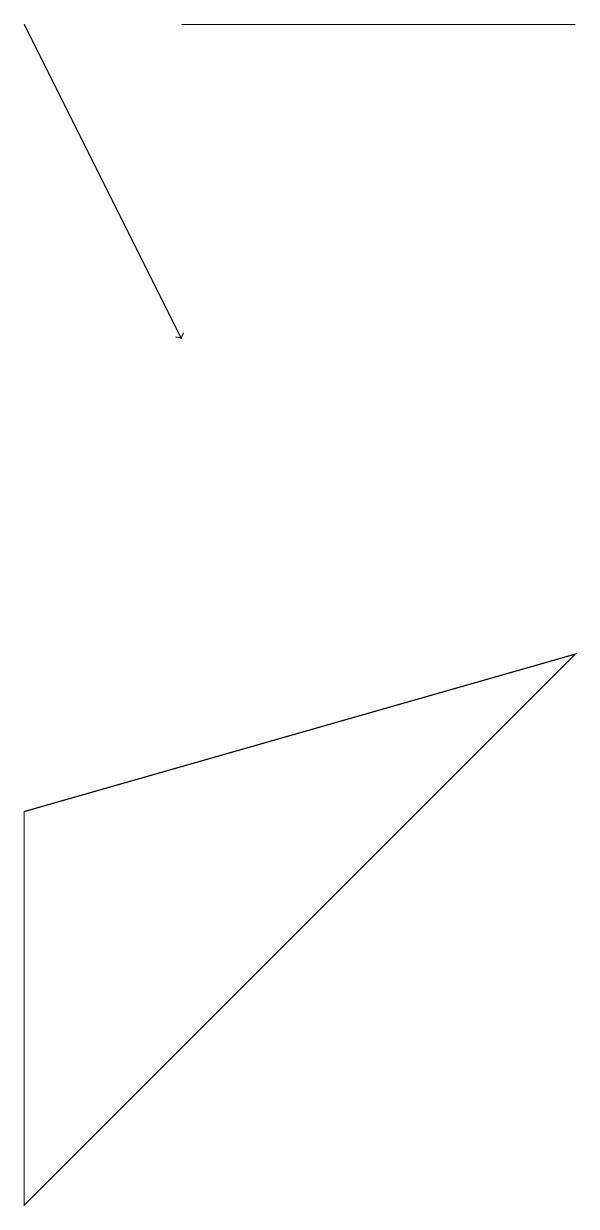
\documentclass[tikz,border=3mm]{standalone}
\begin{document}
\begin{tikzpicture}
\draw[->] (0,16) -- (2,12);
\draw (7,16) rectangle (2,16);
\draw (0,6) -- (7,8) -- (0,1) -- cycle;
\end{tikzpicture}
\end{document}